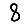
Digit: 8